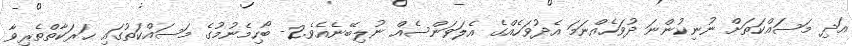
އަދި މަސައްކަތަށް ނުނިކުންނަ ދުވަހެއްނަމަ އެދުވަހެއްގެ އެލަވަންސެއް ނުލިބޭނެއެވެ.2- ބޯހިމެނުމުގެ މަސައްކަތުގައި ޙަރަކާތްތެރިވާ